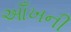
આઁખની